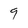
Character: 9